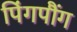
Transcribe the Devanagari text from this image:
पिंगपौंग